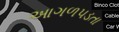
આગળપડતા